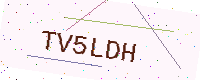
Text: TV5LDH